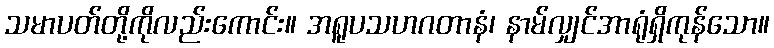
သမာပတ်တို့ကိုလည်းကောင်း။ အရူပသဟဂတာနံ၊ နာမ်လျှင်အာရုံရှိကုန်သော။